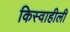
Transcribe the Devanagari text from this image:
किस्वाहीली